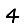
Digit: 4